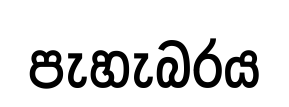
පැහැබරය